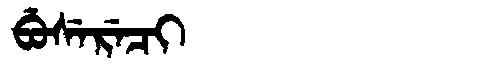
Manchu: ᠪᡠᠰᡝᡵᡝᠴᡳ
Romanization: BUSERECI